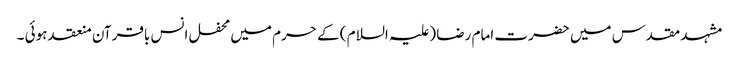
مشہد مقدس میں حضرت امام رضا (علیہ السلام ) کے حرم میں محفل انس باقرآن منعقد ہوئی ۔